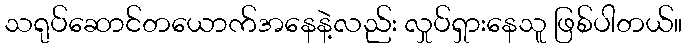
သရုပ်ဆောင်တယောက်အနေနဲ့လည်း လှုပ်ရှားနေသူ ဖြစ်ပါတယ်။